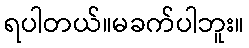
ရပါတယ်။မခက်ပါဘူး။